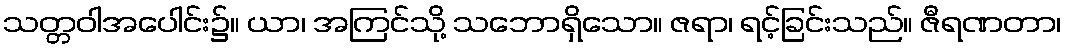
သတ္တဝါအပေါင်း၌။ ယာ၊ အကြင်သို့ သဘောရှိသော။ ဇရာ၊ ရင့်ခြင်းသည်။ ဇီရဏတာ၊